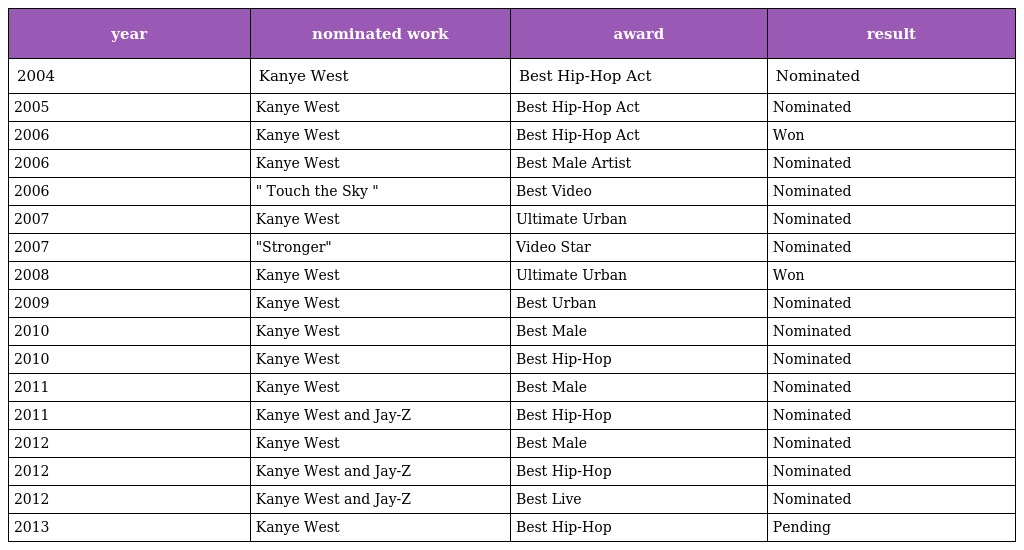
| year | nominated work | award | result |
 | --- | --- | --- | --- |
 | 2004 | Kanye West | Best Hip-Hop Act | Nominated |
 | 2005 | Kanye West | Best Hip-Hop Act | Nominated |
 | 2006 | Kanye West | Best Hip-Hop Act | Won |
 | 2006 | Kanye West | Best Male Artist | Nominated |
 | 2006 | " Touch the Sky " | Best Video | Nominated |
 | 2007 | Kanye West | Ultimate Urban | Nominated |
 | 2007 | "Stronger" | Video Star | Nominated |
 | 2008 | Kanye West | Ultimate Urban | Won |
 | 2009 | Kanye West | Best Urban | Nominated |
 | 2010 | Kanye West | Best Male | Nominated |
 | 2010 | Kanye West | Best Hip-Hop | Nominated |
 | 2011 | Kanye West | Best Male | Nominated |
 | 2011 | Kanye West and Jay-Z | Best Hip-Hop | Nominated |
 | 2012 | Kanye West | Best Male | Nominated |
 | 2012 | Kanye West and Jay-Z | Best Hip-Hop | Nominated |
 | 2012 | Kanye West and Jay-Z | Best Live | Nominated |
 | 2013 | Kanye West | Best Hip-Hop | Pending |